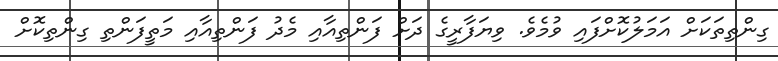
ގިންތިތަކަށް އަމަލުކޮށްފައި ވުމެވެ. ވިޔަފާރީގެ ދަށް ފަންތިއާއި މެދު ފަންތިއާއި މަތީފަންތި ގިންތިކޮށް